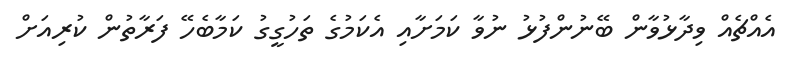
އެއްޗެއް ވިދާޅުވާން ބޭނުންފުޅު ނުވާ ކަމަށާއި އެކަމުގެ ތަހުގީގު ކަމާބެހޭ ފަރާތުން ކުރިއަށް